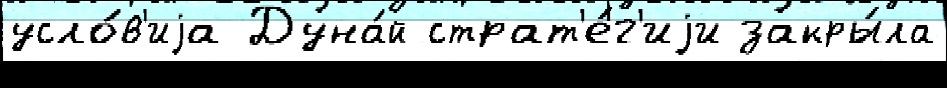
усло́в'иjа Дуна́й страт'е́г'иjи закры́ла